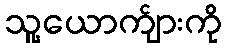
သူ့ယောက်ျားကို